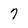
Character: 7